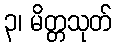
၃၊ မိတ္တသုတ်